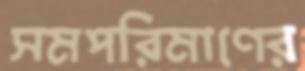
সমপরিমাণের